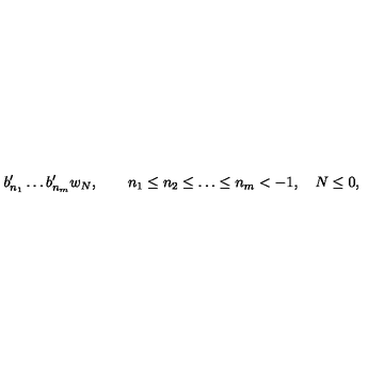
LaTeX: b _ { n _ { 1 } } ^ { \prime } \ldots b _ { n _ { m } } ^ { \prime } w _ { N } , \quad \quad n _ { 1 } \leq n _ { 2 } \leq \ldots \leq n _ { m } < - 1 , \quad N \leq 0 ,